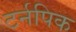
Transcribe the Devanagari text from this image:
टर्नपिक